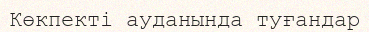
Көкпекті ауданында туғандар